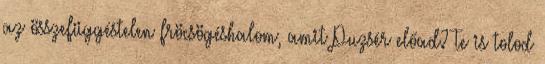
az összefüggéstelen fröcsögéshalom, amit Puzsér előad? Te is tolod